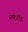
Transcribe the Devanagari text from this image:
नमः॥१॥